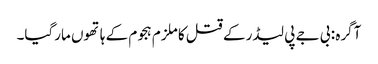
آگرہ : بی جے پی لیڈر کے قتل کا ملزم ہجوم کے ہاتھوں مارگیا۔